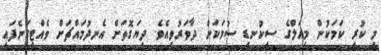
މި ކުރި ކަމަކުން މިއަލްގެ ސިކުނޑި ސުމަކަށް ދާވަރުވިއެވެ. ދިޔަގޮތަށް އެނދުމައްޗަށް ވެއްޓިގަނެފައި